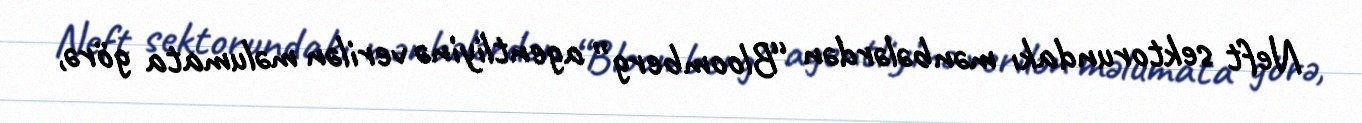
Neft sektorundakı mənbələrdən “Bloomberg” agentliyinə verilən məlumata görə,